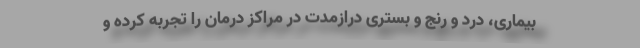
بیماری، درد و رنج و بستری درازمدت در مراکز درمان را تجربه کرده و